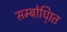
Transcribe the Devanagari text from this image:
सम्बोधि्ात